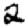
Digit: 2